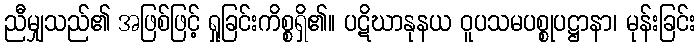
ညီမျှသည်၏ အဖြစ်ဖြင့် ရှုခြင်းကိစ္စရှိ၏။ ပဋိဃာနုနယ ဝူပသမပစ္စုပဋ္ဌာနာ၊ မုန်းခြင်း